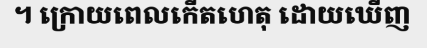
។ ក្រោយពេលកើតហេតុ ដោយឃើញ